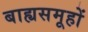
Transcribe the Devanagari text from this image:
बाह्यसमूहों